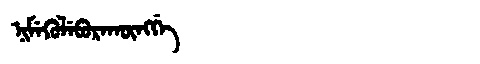
Manchu: ᠨᡳᠮᡝᡴᡠᠯᡝᠪᡠᡵᠠᡴᡡᠩᡤᡝ
Romanization: NIMEKULEBURAKŪNGGE